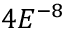
4 E ^ { - 8 }